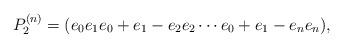
LaTeX: \begin{align*}P^{(n)}_2=(e_0e_1e_0+e_1-e_2e_2\cdots e_0+e_1-e_ne_n),\end{align*}